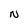
Character: N